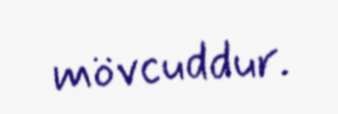
mövcuddur.